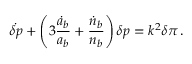
\dot { \delta p } + \left( 3 { \frac { \dot { a } _ { b } } { a _ { b } } } + { \frac { \dot { n } _ { b } } { n _ { b } } } \right) \delta p = k ^ { 2 } \delta \pi \, .